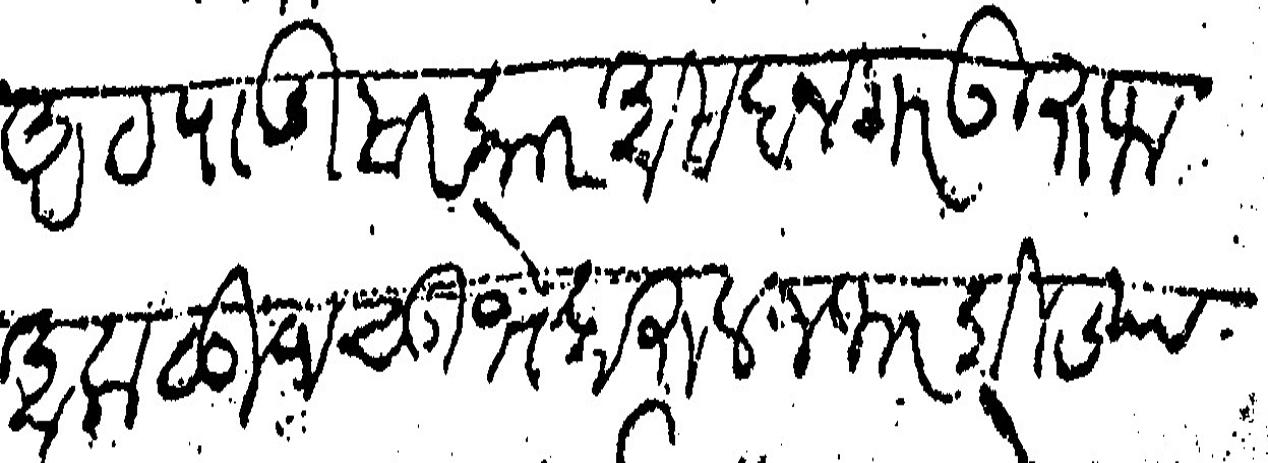
Transliteration (Devanagari): आटपाडी सरकार असदनगर ऊरुफ अकळूज सुभे दारुलजफर बिज्या